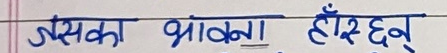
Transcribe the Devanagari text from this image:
उसका भावना हाँस्छन्